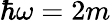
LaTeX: \hbar\omega=2m